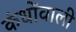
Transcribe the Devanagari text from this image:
कंधोंवाली